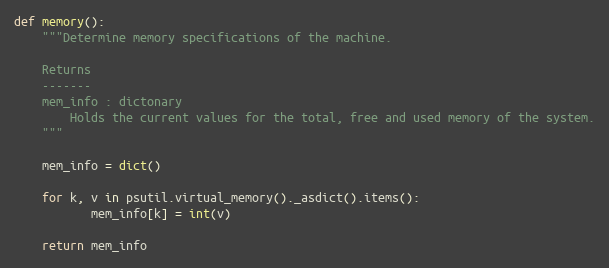
Language: Python
def memory():
    """Determine memory specifications of the machine.

    Returns
    -------
    mem_info : dictonary
        Holds the current values for the total, free and used memory of the system.
    """

    mem_info = dict()

    for k, v in psutil.virtual_memory()._asdict().items():
           mem_info[k] = int(v)

    return mem_info